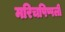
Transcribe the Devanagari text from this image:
मरिचपिप्पली